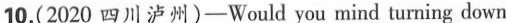
10.(2020 四川泸州)-Would you mind turning down